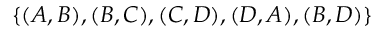
\{ ( A , B ) , ( B , C ) , ( C , D ) , ( D , A ) , ( B , D ) \}